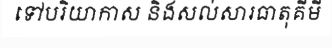
ទៅបរិយាកាស និងសល់សារធាតុគីមី